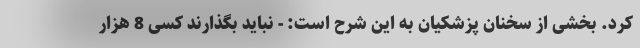
کرد. بخشی از سخنان پزشکیان به این شرح است: - نباید بگذارند کسی 8 هزار